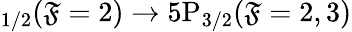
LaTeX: _{1/2}(\mathfrak{F}=2)\rightarrow5\mathrm{{P}}_{3/2}(\mathfrak{F}=2,3)